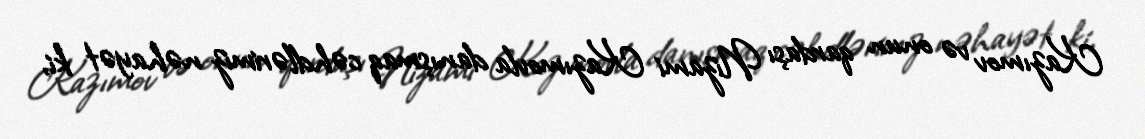
Kazımov və onun qardaşı Nizami Kazımovla danışmaq cəhdlərimiz nəhayət ki,